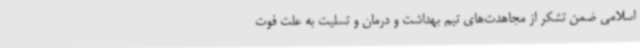
اسلامی ضمن تشکر از مجاهدت‌های تیم بهداشت و درمان و تسلیت به علت فوت